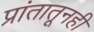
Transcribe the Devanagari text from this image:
प्रांतातूनही